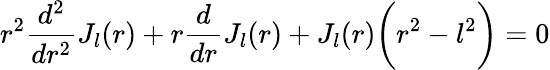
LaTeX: r^{2}\frac{d^{2}}{dr^{2}}J_{l}(r)+r\frac{d}{dr}J_{l}(r)+J_{l}(r)\bigg(r^{2}-l^{2}\bigg)=0